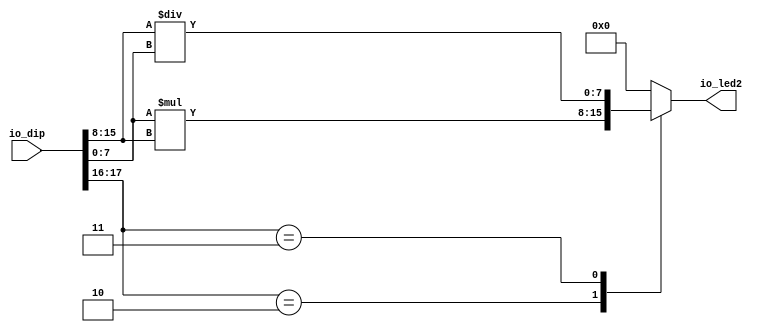
/*
   This file was generated automatically by the Mojo IDE version B1.3.4.
   Do not edit this file directly. Instead edit the original Lucid source.
   This is a temporary file and any changes made to it will be destroyed.
*/

module muldiv_10 (
    input [23:0] io_dip,
    output reg [7:0] io_led2
  );
  
  
  
  always @* begin
    io_led2 = 1'h0;
    
    case (io_dip[16+0+1-:2])
      2'h2: begin
        io_led2 = io_dip[0+7-:8] * io_dip[8+7-:8];
      end
      2'h3: begin
        io_led2 = io_dip[8+7-:8] / io_dip[0+7-:8];
      end
    endcase
  end
endmodule